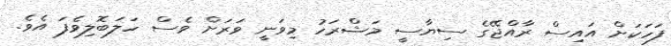
ފަހަކަށް އައިސް ރާއްޖޭގެ ސިޔާސީ މަޝްރަހު މިވަނީ ވަރަށް ވެސް ހަލަބޮލިވެފަ އެވެ.